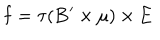
{ \bf f } = \tau ( { \bf B } ^ { \prime } \times { \bf \mu } ) \times { \bf E }